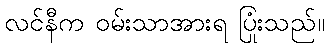
လင်နီက ဝမ်းသာအားရ ပြုံးသည်။